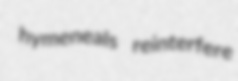
hymeneals reinterfere